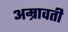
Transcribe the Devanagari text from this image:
अम्रावती